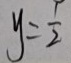
y = \frac { 1 } { 2 }